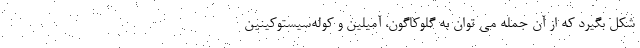
شکل بگیرد که از آن جمله می توان به گلوکاگون، آمیلین و کوله‌سیستوکینین